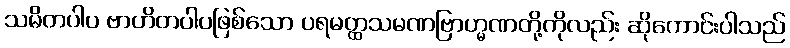
သမိတပါပ ဗာဟိတပါပဖြစ်သော ပရမတ္ထသမဏဗြာဟ္မဏတို့ကိုလည်း ဆိုကောင်းပါသည်